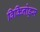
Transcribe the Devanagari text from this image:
विकिनोड्स